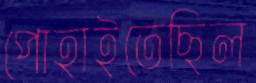
পোহাইতেছিল